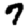
Digit: 7